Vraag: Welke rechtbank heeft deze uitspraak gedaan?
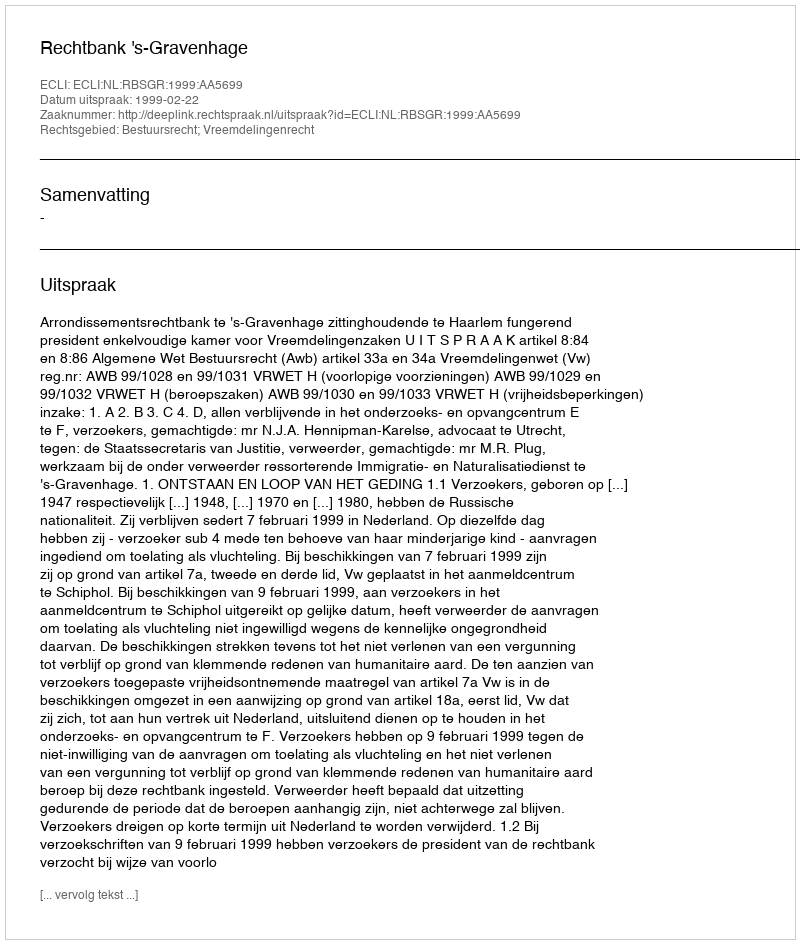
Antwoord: Rechtbank 's-Gravenhage